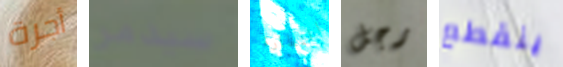
أجرة سيدمر النظارة رجل ينقطع